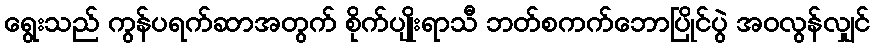
ရွေးသည် ကွန်ပရက်ဆာအတွက် စိုက်ပျိုးရာသီ ဘတ်စကက်ဘောပြိုင်ပွဲ အဝလွန်လျှင်